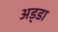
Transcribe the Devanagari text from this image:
अड्‍डा